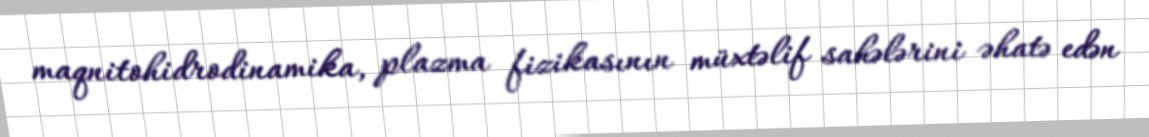
maqnitohidrodinamika, plazma fizikasının müxtəlif sahələrini əhatə edən